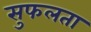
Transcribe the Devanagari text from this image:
सुफलता